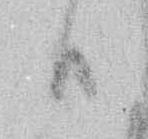
日